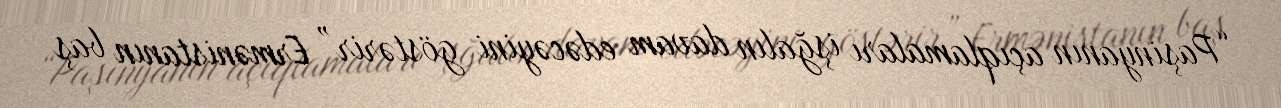
“Paşinyanın açıqlamaları işğalın davam edəcəyini göstərir” Ermənistanın baş